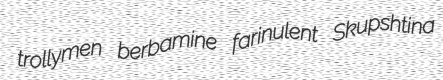
trollymen berbamine farinulent Skupshtina